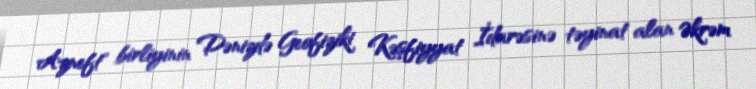
Azneft" birliyinin Dənizdə Geofiziki Kəşfiyyat İdarəsinə təyinat alan Əkrəm